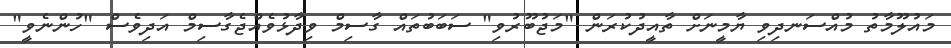
މައުލޫމާތު މުއްސަނދިވި ޔާމީނަށް ތާއީދުކުރަން "މަޖުބޫރުވި" ސަބަބުތައް ގާސިމް ވިދާޅުވެއްޖެގާސިމް އަދިވެސް "ހުންނެވީ"